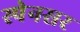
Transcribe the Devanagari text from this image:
स्पेनसर